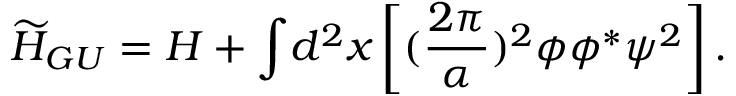
{ \widetilde H } _ { G U } = H + { \displaystyle \int } d ^ { 2 } x \left[ ( \frac { 2 \pi } { \alpha } ) ^ { 2 } \phi \phi ^ { * } \psi ^ { 2 } \right] .